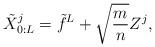
LaTeX: \begin{align*}\tilde{X}^{j}_{0:L} = \tilde{f}^L + \sqrt{\frac{m}{n}} Z^{j},\end{align*}